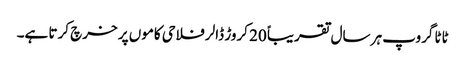
ٹاٹا گروپ ہر سال تقریباً 20 کروڑ ڈالر فلاحی کاموں پر خرچ کرتا ہے۔